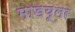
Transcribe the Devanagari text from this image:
माडयूलर